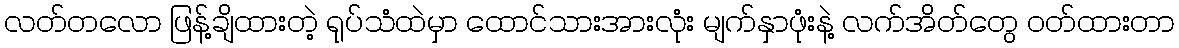
လတ်တလော ဖြန့်ချိထားတဲ့ ရုပ်သံထဲမှာ ထောင်သားအားလုံး မျက်နှာဖုံးနဲ့ လက်အိတ်တွေ ဝတ်ထားတာ